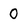
Character: 0